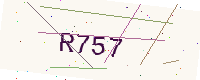
Text: R757